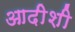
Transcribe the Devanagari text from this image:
आदीशी